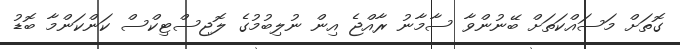
ގޮތަށް މަސައްކަތަށް ބޭނުންވާ ސާމާނު ރާއްޖެ އިން ނުލިބުމުގެ ލޮޖިސްޓިކްސް ކަންކަންމާ ބޮޑު